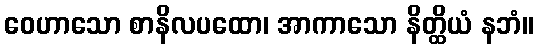
ဝေဟာသော စာနိလပထော၊ အာကာသော နိတ္ထိယံ နဘံ။